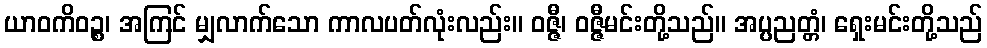
ယာဝကိဝဉ္စ၊ အကြင် မျှလာက်သော ကာလပတ်လုံးလည်း။ ဝဇ္ဇီ၊ ဝဇ္ဇီမင်းတို့သည်။ အပ္ပညတ္တံ၊ ရှေးမင်းတို့သည်